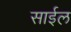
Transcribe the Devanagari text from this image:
साईल